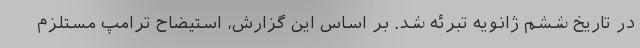
در تاریخ ششم ژانویه تبرئه شد. بر اساس این گزارش، استیضاح ترامپ مستلزم